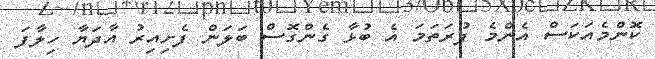
ކޮންމެއަކަސް އެންމެ ފުރަތަމަ އެ ބުޅާ ގެންގޮސް ބަލަން ފެށިއިރު އާދަޔާ ހިލާފަ